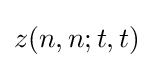
z(n,n;t,t)